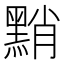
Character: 𪑊